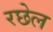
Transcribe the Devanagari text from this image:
रछेल